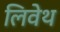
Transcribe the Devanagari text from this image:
लिवेथ